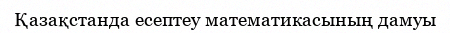
Қазақстанда есептеу математикасының дамуы